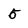
Character: 5